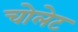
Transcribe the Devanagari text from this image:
चोलेट